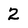
Character: 2